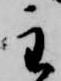
主